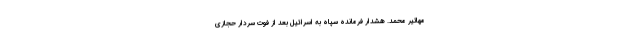
مهاتیر محمد. هشدار فرمانده سپاه به اسرائیل بعد از فوت سردار حجازی